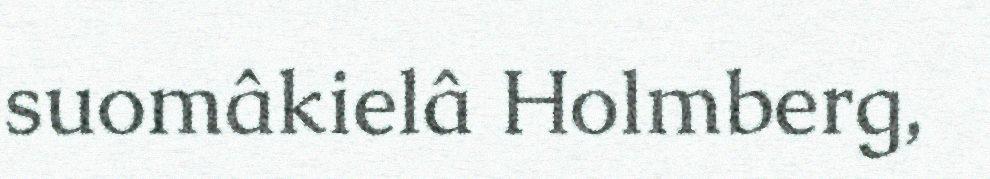
suomâkielâ Holmberg,